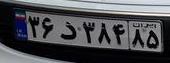
۳۶د۳۸۴۸۵